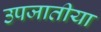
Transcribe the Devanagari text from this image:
उपजातीया